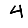
Digit: 4